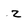
Character: z